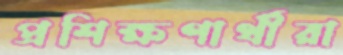
প্রশিক্ষণার্থীরা